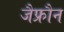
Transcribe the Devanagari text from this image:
जैफ्रौन